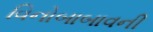
વિનોબાબાવની